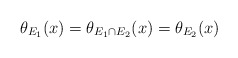
\begin{align*}\theta_{E_1}(x)=\theta_{E_1\cap E_2}(x)=\theta_{E_2}(x)\end{align*}